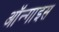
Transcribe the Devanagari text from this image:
ऑन्गाइस